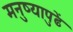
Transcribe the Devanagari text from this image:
मनुष्यापुढें